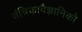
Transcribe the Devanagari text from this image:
तंत्रिकावैज्ञानिको